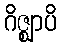
ဂိဇ္ဈာပိ